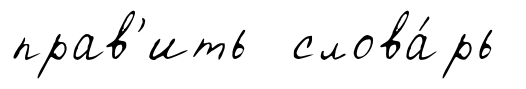
прав'ить слова́рь